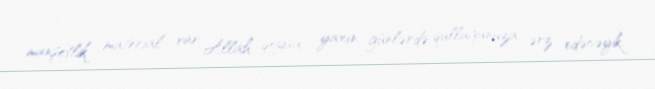
manşetlik material var, Allah qoysa, yaxın günlərdə qulluğunuza ərz edəcəyik.